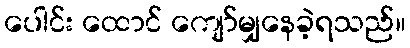
ပေါင်း ထောင် ကျော်မျှနေခဲ့ရသည်။